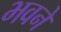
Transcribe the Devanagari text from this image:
भवने